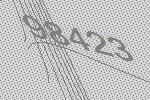
98423